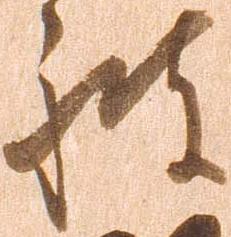
被